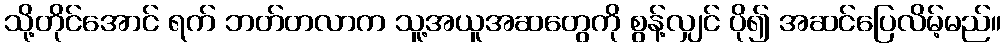
သို့တိုင်အောင် ရက် ဘတ်တလာက သူ့အယူအဆတွေကို စွန့်လျှင် ပို၍ အဆင်ပြေလိမ့်မည်။